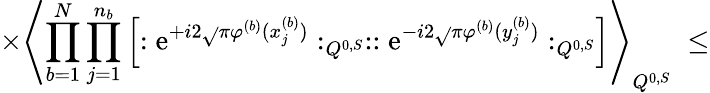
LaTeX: \times\left\langle\prod_{b=1}^{N}\prod_{j=1}^{n_{b}}\left[:\mathrm{e}^{+i2\sqrt{}{{\pi}}\varphi^{(b)}(x_{j}^{(b)})}:_{Q^{0,S}}::\mathrm{e}^{-i2\sqrt{}{{\pi}}\varphi^{(b)}(y_{j}^{(b)})}:_{Q^{0,S}}\right]\right\rangle_{Q^{0,S}}\; \leq